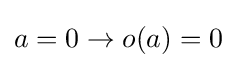
a=0\rightarrow o(a)=0